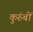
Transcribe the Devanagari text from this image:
कुरुंबों